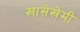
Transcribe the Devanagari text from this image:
खासेखेमी